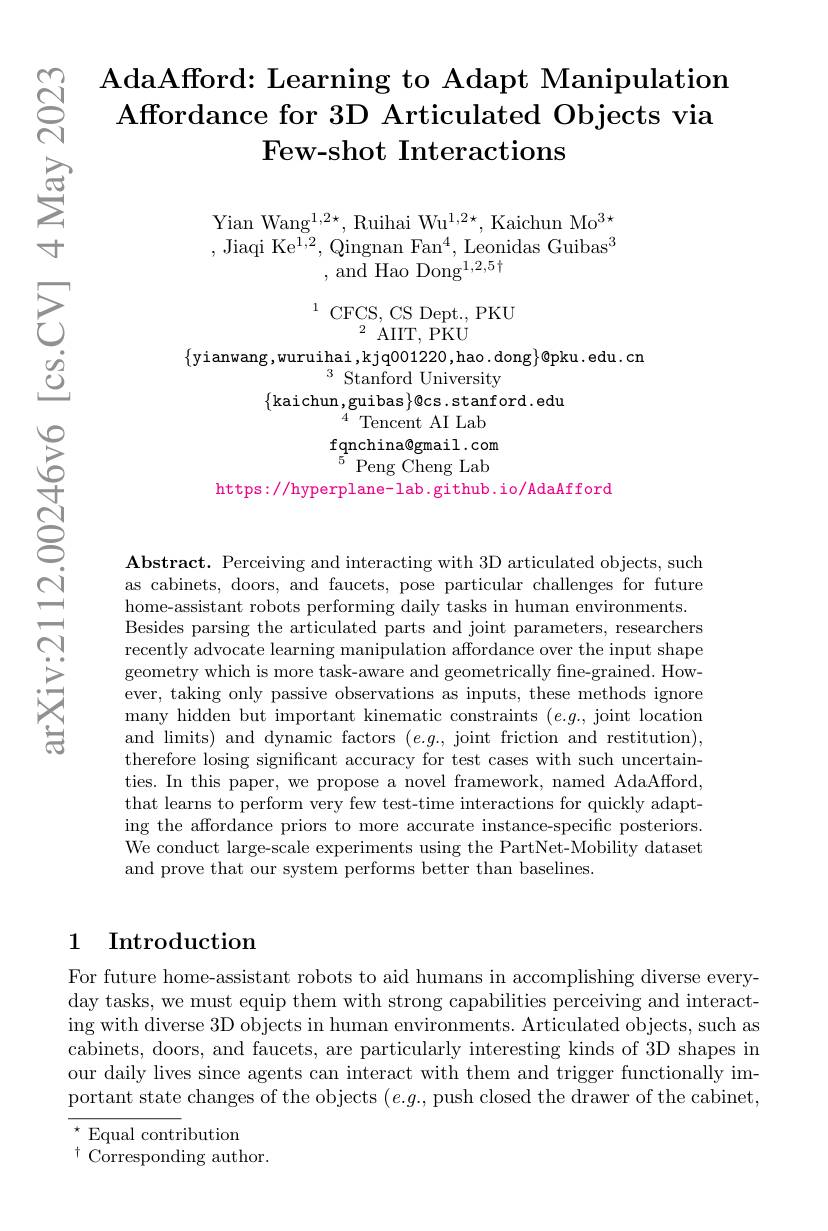
# AdaAfford: Learning to Adapt Manipulatiom Affordance for 3D Articulated Objects via Few-shot Interactions

Yian Wang$^1,2\star$, Ruihai Wu$^1,2\star$, Kaichun Mo$^3\star$ ,Jiaqi Ke$^1,2$,Qingnan Fan$^4$,Leonidas Guibas$^3$
, and Hao Dong$^1,2,5\dagger$

$^{1}$ CFCS, CS Dept. , PKU
$^{2}$AIIT, PKU

$\{$yianwang,wuruihai,kjq001220,hao.dong$\}\emptyset$pku.edu.cn
$^3{\text{Stanford University}}$
$\{$kaichun,guibas$\}$@cs.stanford.edu
${}^{4}$Tencent AI Lab fqnchina@gmail.com $\stackrel{5^{1}}{\mathrm{Peng~Cheng~Lab}}$
https://hyperplane-lab.github.io/AdaAfford

Abstract. Perceiving and interacting with 3D articulated objects, such as cabinets, doors, and faucets, pose particular challenges for future home-assistant robots performing daily tasks in human environments. Besides parsing the articulated parts and joint parameters, researchers recently advocate learning manipulation affordance over the input shape geometry which is more task-aware and geometrically fine-grained. However, taking only passive observations as inputs, these methods ignore many hidden but important kinematic constraints $(e.g.$, joint location and limits) and dynamic factors $(e.g.$, joint friction and restitution), therefore losing significant accuracy for test cases with such uncertainties. In this paper, we propose a novel framework, named AdaAfford, that learns to perform very few test-time interactions for quickly adapting the affordance priors to more accurate instance-specific posteriors. We conduct large-scale experiments using the PartNet-Mobility dataset and prove that our system performs better than baselines.

## 1 Introduction

For future home-assistant robots to aid humans in accomplishing diverse everyday tasks, we must equip them with strong capabilities perceiving and interacting with diverse 3D objects in human environments. Articulated objects, such as cabinets, doors, and faucets, are particularly interesting kinds of 3D shapes in our daily lives since agents can interact with them and trigger functionally important state changes of the objects $(e.g.$, push closed the drawer of the cabinet, $^{\star}$Equal contribution

$^{\dagger}{\mathrm{~Corresponding~author.}}$